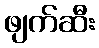
ဖျက်ဆီး